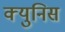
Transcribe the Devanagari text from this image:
क्युनिस